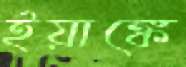
ইয়াঙ্কে